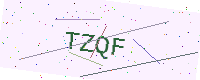
Text: TZQF